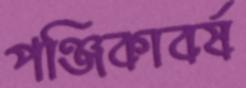
পঞ্জিকাবর্ষ